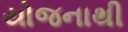
યોજનાથી